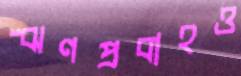
ঋণপ্রবাহও